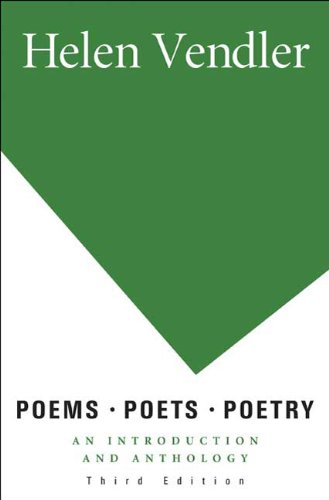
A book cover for Poems, Poets, Poetry: An Introduction and Anthology; Helen Vendler; Literature & Fiction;